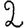
Digit: 2